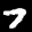
Label: 7